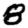
Digit: 8